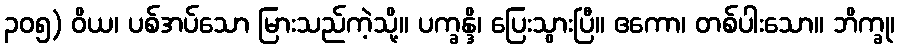
၃၀၅) ဝိယ၊ ပစ်အပ်သော မြားသည်ကဲ့သို့။ ပက္ခန္ဒိ၊ ပြေးသွားပြီ။ ဧကော၊ တစ်ပါးသော။ ဘိက္ခု၊